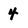
Character: 4